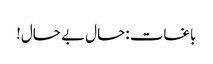
باغات :حال بے حال!